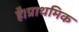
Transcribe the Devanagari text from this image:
है।प्राथमिक